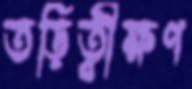
তড়িত্বীক্ষণ